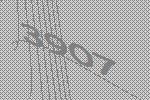
3907